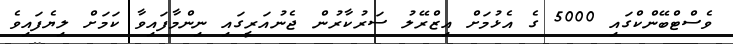
ވެސްޓްބޭންކްގައި 5000 ގެ އެޅުމަށް އިޒްރޭލު ސަރުކާރުން ޖެނުއަރީގައި ނިންމާފައިވާ ކަމަށް ލިޔެފައިވެ